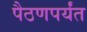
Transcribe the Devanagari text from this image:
पैठणपर्यंत